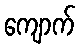
ကျောက်